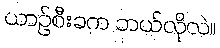
ယာဉ်စီးခက ဘယ်လိုလဲ။